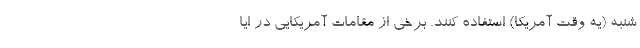
شنبه (یه وقت آمریکا) استفاده کنند. برخی از مقامات آمریکایی در ایا